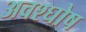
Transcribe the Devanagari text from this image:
अवश्घोष